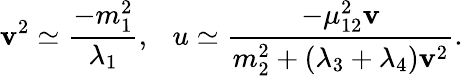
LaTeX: \mathbf{v}^{2}\simeq{\frac{{-m_{1}^{2}}}{{\lambda_{1}}}},~~~u\simeq{\frac{{-\mu_{12}^{2}\mathbf{v}}}{{m_{2}^{2}+(\lambda_{3}+\lambda_{4})\mathbf{v}^{2}}}}.